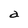
Character: a